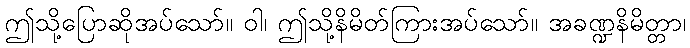
ဤသို့ပြောဆိုအပ်သော်။ ဝါ၊ ဤသို့နိမိတ်ကြားအပ်သော်။ အခဏ္ဍနိမိတ္တာ၊